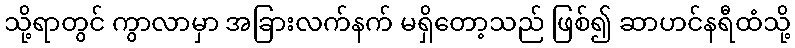
သို့ရာတွင် ကွာလာမှာ အခြားလက်နက် မရှိတော့သည် ဖြစ်၍ ဆာဟင်နရီထံသို့